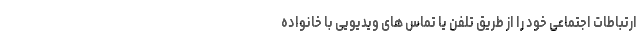
ارتباطات اجتماعی خود را از طریق تلفن یا تماس های ویدیویی با خانواده